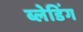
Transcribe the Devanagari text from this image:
ब्लेडिंग